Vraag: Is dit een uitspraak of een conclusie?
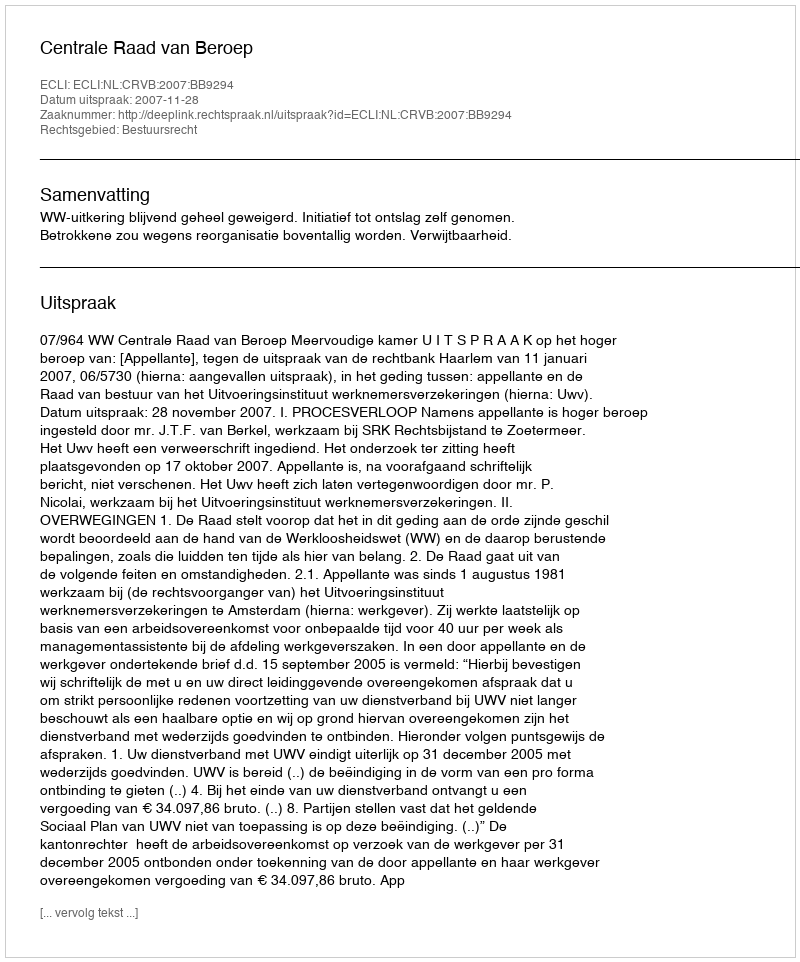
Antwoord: Uitspraak